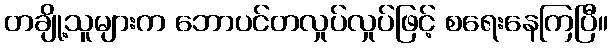
တချို့သူများက ဘောပင်တလှုပ်လှုပ်ဖြင့် စရေးနေကြပြီ။